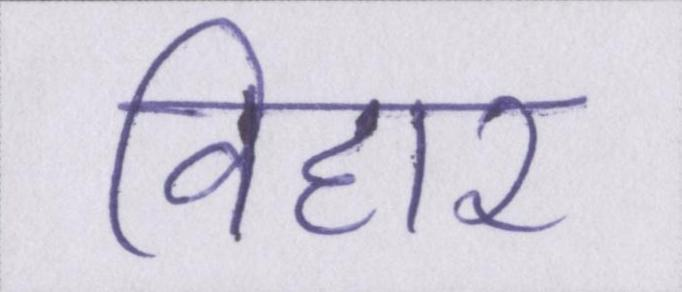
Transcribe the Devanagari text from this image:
विहार